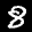
Label: 8